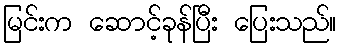
မြင်းက ဆောင့်ခုန်ပြီး ပြေးသည်။